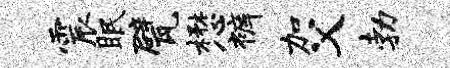
震眠甓懋裤加父勃